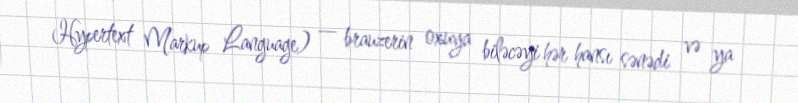
Hypertext Markup Language) — brauzerin oxuya biləcəyi hər hansı sənədi və ya